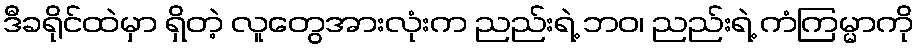
ဒီခရိုင်ထဲမှာ ရှိတဲ့ လူတွေအားလုံးက ညည်းရဲ့ ဘဝ၊ ညည်းရဲ့ ကံကြမ္မာကို